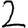
Digit: 2